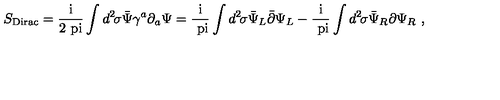
S _ { \mathrm { D i r a c } } = \mathrm { \frac { i } { 2 \ p i } } \int d ^ { 2 } \! \sigma { \bar { \Psi } } \gamma ^ { a } \partial _ { a } \Psi = \mathrm { \frac { i } { \ p i } } \int d ^ { 2 } \! \sigma { \bar { \Psi } } _ { L } { \bar { \partial } } \Psi _ { L } - \mathrm { \frac { i } { \ p i } } \int d ^ { 2 } \! \sigma { \bar { \Psi } } _ { R } { \partial } \Psi _ { R } \ ,